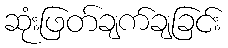
ဆုံးဖြတ်ချက်ချခြင်း